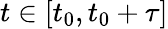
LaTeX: t\in[t_{0},t_{0}+\tau]